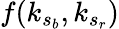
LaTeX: f(k_{s_{b}},k_{s_{r}})